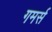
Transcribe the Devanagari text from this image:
गमर्स